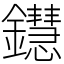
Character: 𨯚